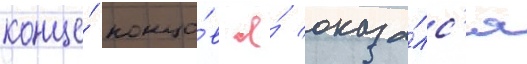
конце́ концо́в я́ оказа́лс'я